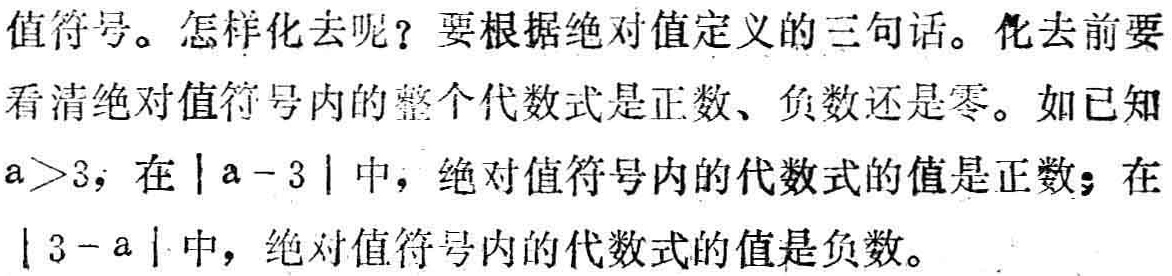
值符号。怎样化去呢？要根据绝对值定义的三句话。化去前要看清绝对值符号内的整个代数式是正数、负数还是零。如已知\(a > 3\)，在\(\vert a - 3\vert\)中，绝对值符号内的代数式的值是正数；在\(\vert 3 - a\vert\)中，绝对值符号内的代数式的值是负数。